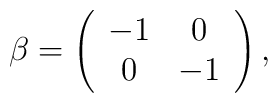
\beta = \left( \begin{array}{cc} -1 & 0 \\ 0 & -1 \end{array} \right),